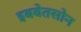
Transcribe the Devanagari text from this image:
इबबेतसोन